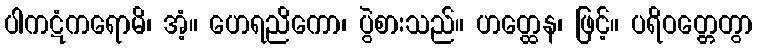
ပါကဋံကရောမိ၊ အံ့။ ဟေရညိကော၊ ပွဲစားသည်။ ဟတ္ထေန၊ ဖြင့်။ ပရိဝတ္တေတွာ